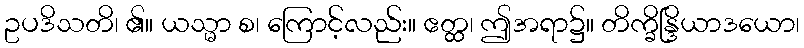
ဥပဒိသတိ၊ ၏။ ယသ္မာ စ၊ ကြောင့်လည်း။ ဧတ္ထ၊ ဤအရာ၌။ တိက္ခိန္ဒြိယာဒယော၊